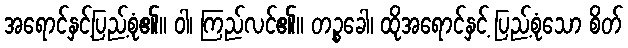
အရောင်နှင့်ပြည့်စုံ၏။ ဝါ၊ ကြည်လင်၏။ တဉ္စခေါ၊ ထိုအရောင်နှင့် ပြည့်စုံသော စိတ်